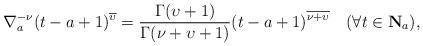
LaTeX: \begin{align*}\nabla_{a}^{-\nu}(t-a+1)^{\overline{\upsilon}}=\frac{\Gamma(\upsilon+1)}{\Gamma(\nu+\upsilon+1)}(t-a+1)^{\overline{\nu+\upsilon}}\quad(\forall{t}\in\mathbf{N}_{a}),\end{align*}